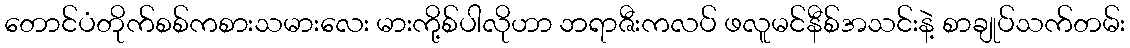
တောင်ပံတိုက်စစ်ကစားသမားလေး မားကို့စ်ပါလိုဟာ ဘရာဇီးကလပ် ဖလူမင်နီစ်အသင်းနဲ့ စာချုပ်သက်တမ်း